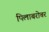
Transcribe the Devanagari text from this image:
पिलाबरोबर